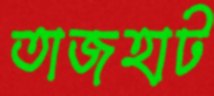
তাজহাট